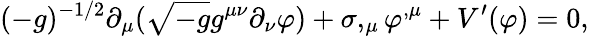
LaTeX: (-g)^{-1/2}\partial_{\mu}(\sqrt{-g}g^{\mu\nu}\partial_{\nu}\varphi)+\sigma,_{\mu}\varphi^{,\mu}+V^{\prime}(\varphi)=0,